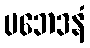
ပဘေဒနံ